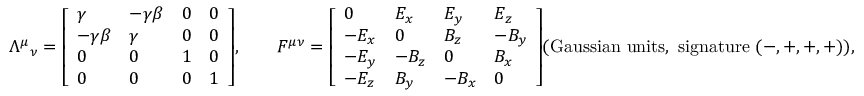
{ \Lambda ^ { \mu } } _ { \nu } = { \left[ \begin{array} { l l l l } { \gamma } & { - \gamma \beta } & { 0 } & { 0 } \\ { - \gamma \beta } & { \gamma } & { 0 } & { 0 } \\ { 0 } & { 0 } & { 1 } & { 0 } \\ { 0 } & { 0 } & { 0 } & { 1 } \end{array} \right] } , \qquad F ^ { \mu \nu } = { \left[ \begin{array} { l l l l } { 0 } & { E _ { x } } & { E _ { y } } & { E _ { z } } \\ { - E _ { x } } & { 0 } & { B _ { z } } & { - B _ { y } } \\ { - E _ { y } } & { - B _ { z } } & { 0 } & { B _ { x } } \\ { - E _ { z } } & { B _ { y } } & { - B _ { x } } & { 0 } \end{array} \right] } { \mathrm { ( G a u s s i a n ~ u n i t s , ~ s i g n a t u r e ~ } } ( - , + , + , + ) { \mathrm { ) } } ,